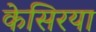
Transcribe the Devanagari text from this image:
केसिरया